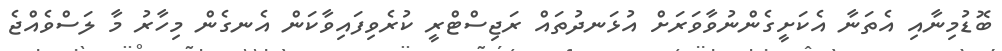
ބޮޑުމިނާއި އެތަނާ އެކަށީގެންނުވާވަރަށް އުޅަނދުތައް ރަޖިސްޓްރީ ކުރެވިފައިވާކަން އެނގެން މިހާރު މާ ލަސްވެއްޖެ